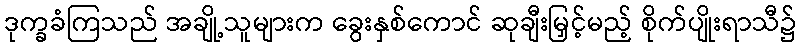
ဒုက္ခခံကြသည် အချို့သူများက ခွေးနှစ်ကောင် ဆုချီးမြှင့်မည့် စိုက်ပျိုးရာသီ၌